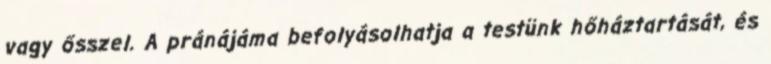
vagy ősszel. A pránájáma befolyásolhatja a testünk hőháztartását, és